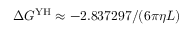
\Delta G ^ { \mathrm { Y H } } \approx - 2 . 8 3 7 2 9 7 / ( 6 \pi \eta L )